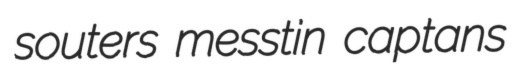
souters messtin captans